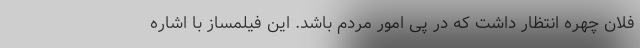
فلان چهره انتظار داشت که در پی امور مردم باشد. این فیلمساز با اشاره